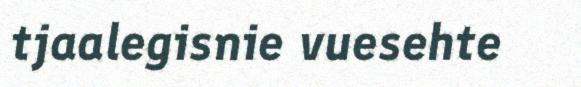
tjaalegisnie vuesehte